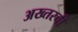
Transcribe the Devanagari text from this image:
अख्तरची